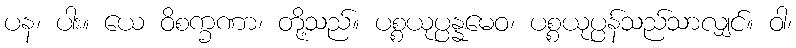
ပန၊ ပါး။ ယေ ဝိစက္ခဏာ၊ တို့သည်။ ပစ္စယုပ္ပန္နမေဝ၊ ပစ္စယုပ္ပန်သည်သာလျှင်။ ဝါ၊